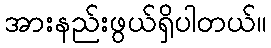
အားနည်းဖွယ်ရှိပါတယ်။